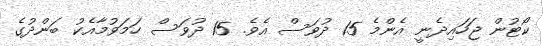
ކޯޓުން ޖަހައިދެނީ އެންމެ 15 ދުވަސް އެވެ. 15 ދުވަސް ހަމަވުމާއެކު ބަންދުގެ